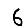
Digit: 6